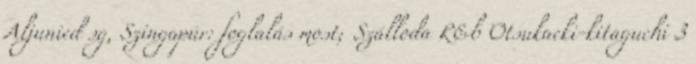
Aljunied sg, Szingapúr: foglalás most; Szálloda R&b Otsukaeki-kitaguchi 3